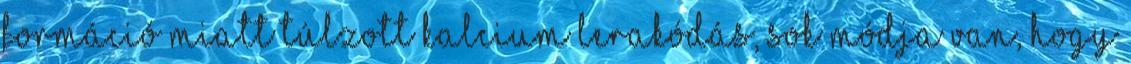
formáció miatt túlzott kalcium lerakódás, sok módja van, hogy